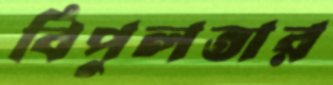
বিপুলতার